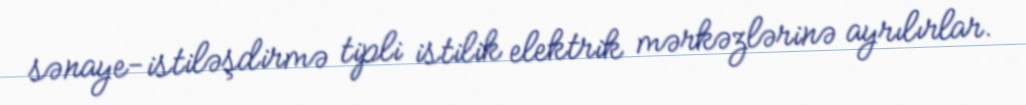
sənaye-istiləşdirmə tipli istilik elektrik mərkəzlərinə ayrılırlar.